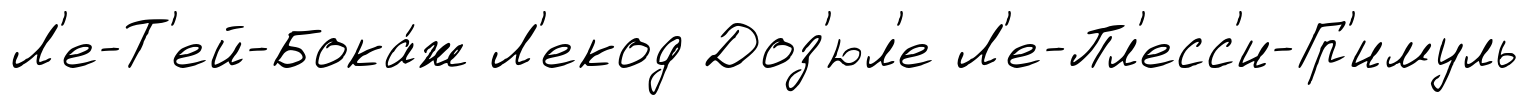
Л'е-Т'ей-Бока́ж Л'екод Доз'юл'е Л'е-Пл'есс'и-Гр'имуль